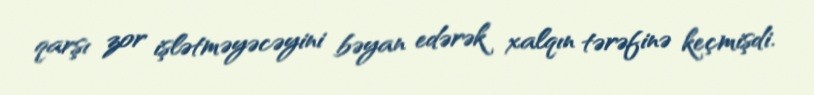
qarşı zor işlətməyəcəyini bəyan edərək xalqın tərəfinə keçmişdi.